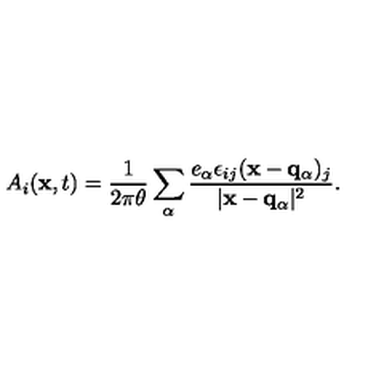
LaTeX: A _ { i } ( { \bf x } , t ) = \frac { 1 } { 2 \pi \theta } \sum _ { \alpha } \frac { e _ { \alpha } \epsilon _ { i j } ( { \bf x } - { \bf q _ { \alpha } } ) _ { j } } { \vert { \bf x } - { \bf q _ { \alpha } } \vert ^ { 2 } } .